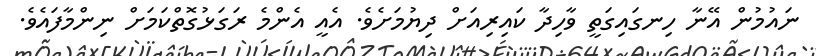
ނައުމުން އޭނާ ހިނގައިގަތީ ވާހިދާ ކައިރިއަށް ދިޔުމަށެވެ. އެއީ އެންމެ ރަގަޅުގޮތްކަމަށް ނިންމާފައެވެ.